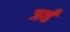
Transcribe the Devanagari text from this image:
जव्हँ